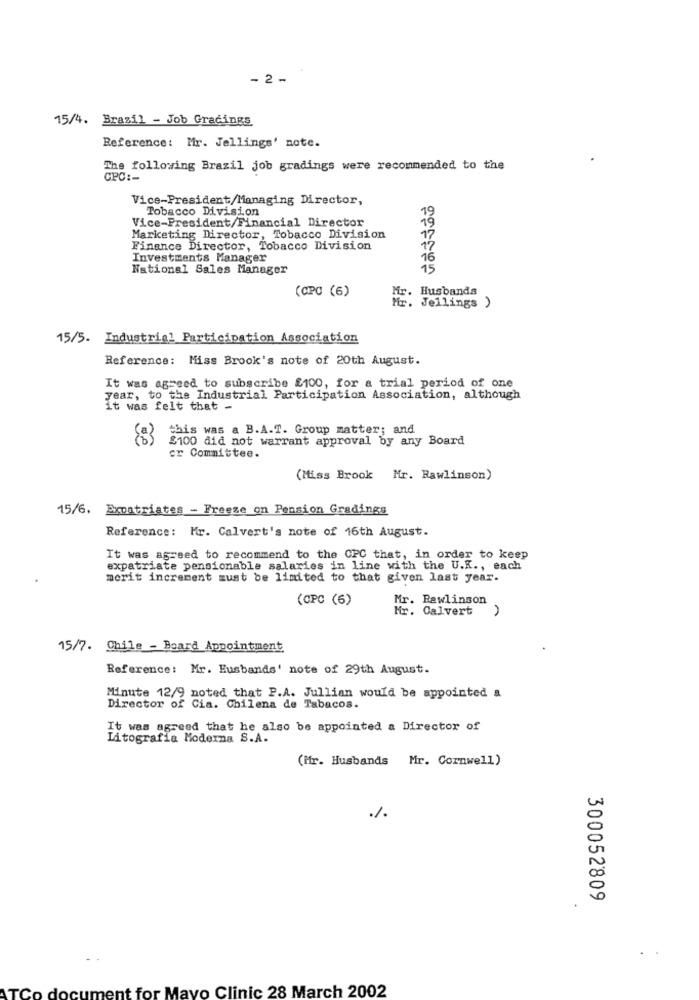
- 2 -
15/4. Brazil - Job Gradings
Reference: Mr. Jellings' note.
The following Brazil job gradings were recommended to the
Vice-President/Managing Director,
Tobacco Division
19
Vice-President/Financial Director
19
Marketing Director, Tobacco Division
17
Finance Director, Tobacco Division
17
Investments Manager
16
National Sales Manager
15
(CPC (6)
Mr. Husbands
Mr. Jellings )
15/5. Industrial Participation Association
Reference: Miss Brook's note of 20th August.
It was agreed to subscribe £100, for a trial period of one
year, to the Industrial Participation Association, although
it was felt that -
this was a B.A.T. Group matter; and
£100 did not warrant approval by any Board
cr Committee.
(Miss Brook Mr. Rawlinson)
15/6. Expatriates - Freeze on Pension Gradings
Reference: Mr. Calvert's note of 16th August.
It was agreed to recommend to the OPC that, in order to keep
expatriate pensionable salaries in line with the U.K ., each
merit increment must be limited to that given last year.
(CPC (6)
Mr. Rawlinson
Mr. Calvert
15/7. Chile - Board Appointment
Reference: Mr. Husbands' note of 29th August.
Minute 12/9 noted that P.A. Jullian would be appointed a
Director of Cia. Chilena de Tabacos.
It was agreed that he also be appointed a Director of
Litografia Moderna S.A.
(Mfr. Husbands Mr. Cornwell)
-
300052809
document for Mayo Clinic 28 March 2002
Co